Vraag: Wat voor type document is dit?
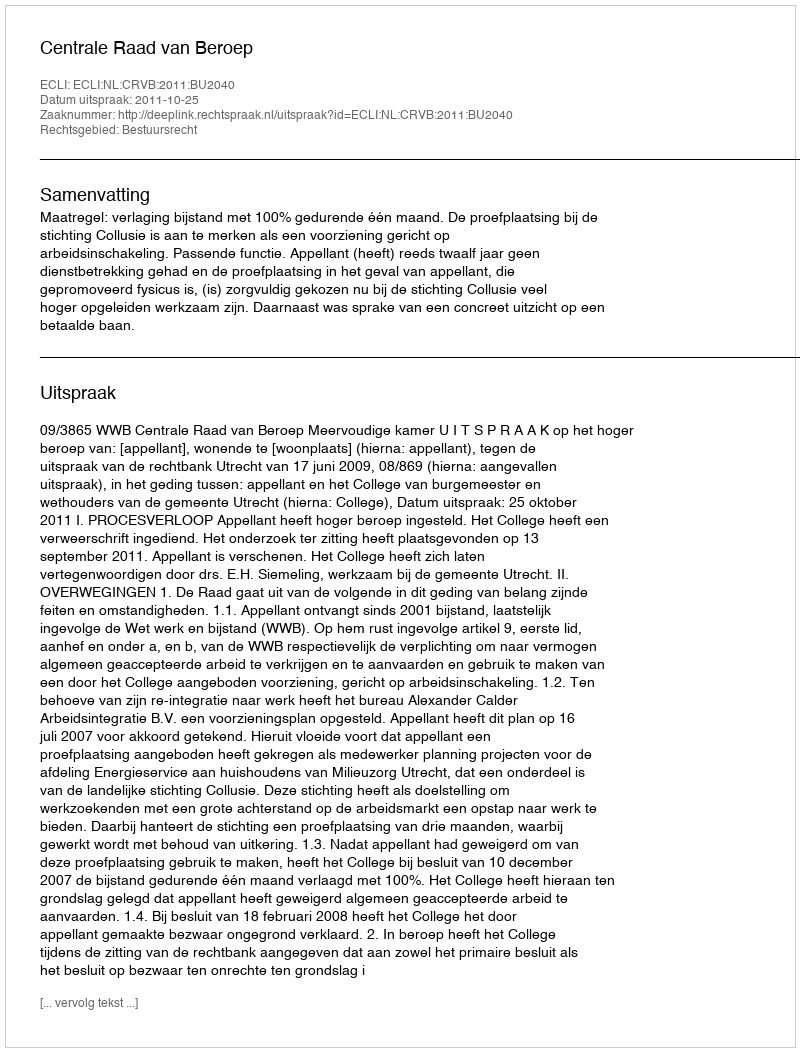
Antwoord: Uitspraak